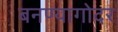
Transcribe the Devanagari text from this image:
बनण्यागोदर